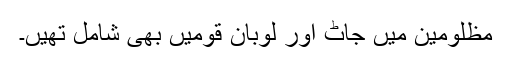
مظلومین میں جاٹ اور لوبان قومیں بھی شامل تھیں۔